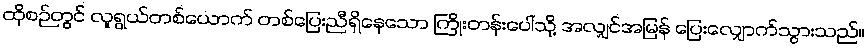
ထိုစဉ်တွင် လူရွယ်တစ်ယောက် တစ်ပြေးညီရှိနေသော ကြိုးတန်းပေါ်သို့ အလျှင်အမြန် ပြေးလျှောက်သွားသည်။